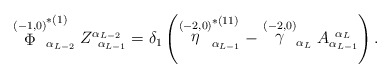
\begin{align*}\stackrel{(-1,0)}{\Phi }_{\alpha _{L-2}}^{*(1)}Z_{\;\;\alpha_{L-1}}^{\alpha _{L-2}}=\delta _1\left( \stackrel{(-2,0)}{\eta }_{\alpha_{L-1}}^{*(11)}-\stackrel{(-2,0)}{\gamma }_{\alpha _L}A_{\alpha_{L-1}}^{\;\;\alpha _L}\right) .\end{align*}